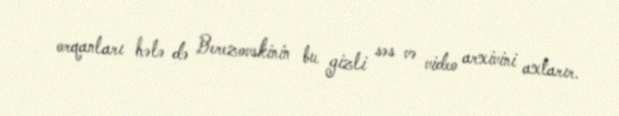
orqanları hələ də Berezovskinin bu gizli səs və video arxivini axtarır.